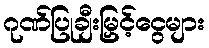
ဂုဏ်ပြုချီးမြှင့်ငွေများ